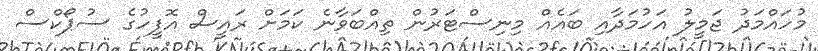
މުހައްމަދު ޖަމީލު އަހުމަދާއި ބައެއް މިނިސްޓަރުން ތިއްބަވާނެ ކަމަށް ރައީސް އޮފީހުގެ ސުޕޯކްސް